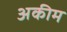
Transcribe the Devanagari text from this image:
अकीम